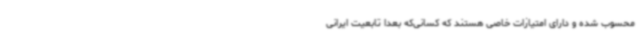
محسوب شده و دارای امتیازات خاصی هستند که کسانی‌که بعداً تابعیت ایرانی